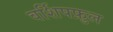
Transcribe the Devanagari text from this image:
वर्शिपफ़ुल